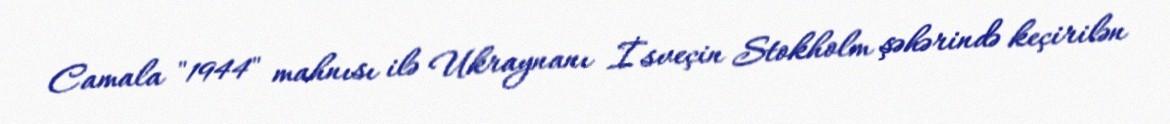
Camala "1944" mahnısı ilə Ukraynanı İsveçin Stokholm şəhərində keçirilən